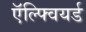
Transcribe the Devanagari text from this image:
ऍल्फ्वियर्ड